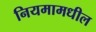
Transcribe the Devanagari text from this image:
नियमामधील